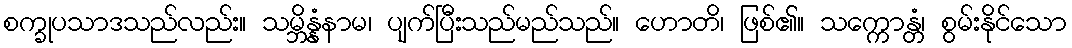
စက္ခုပသာဒသည်လည်း။ သမ္ဘိန္နံနာမ၊ ပျက်ပြီးသည်မည်သည်။ ဟောတိ၊ ဖြစ်၏။ သက္ကောန္တံ၊ စွမ်းနိုင်သော